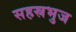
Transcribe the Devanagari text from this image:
सहस्रभुज